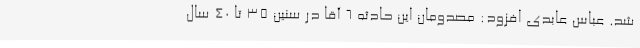
شد. عباس عابدی افزود: مصدومان این حادثه 6 آقا در سنین 35 تا 40 سال